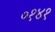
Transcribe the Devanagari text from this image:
०१४१